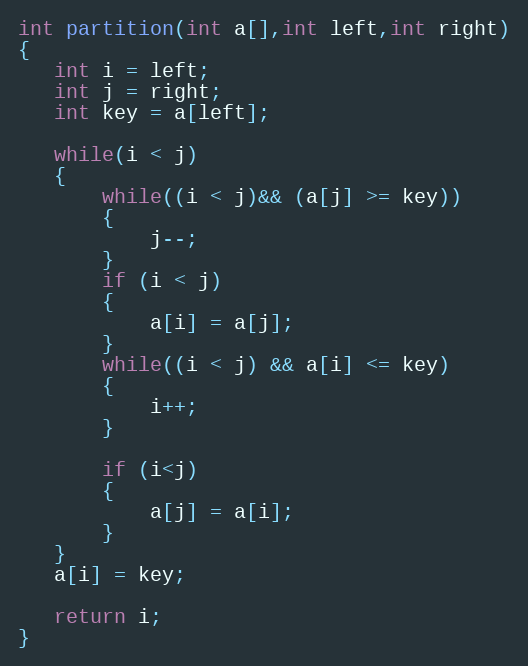
Language: C
int partition(int a[],int left,int right)
{
   int i = left;
   int j = right;
   int key = a[left];

   while(i < j)
   {
	   while((i < j)&& (a[j] >= key))
	   {
		   j--;
	   }
	   if (i < j)
	   {
		   a[i] = a[j];
	   }
	   while((i < j) && a[i] <= key)
	   {
		   i++;
	   }

	   if (i<j)
	   {
		   a[j] = a[i];
	   }
   }
   a[i] = key;

   return i;
}